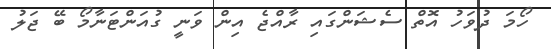
ހޯމަ ދުވަހު އޮތް ސެޝަންގައި ރާއްޖެ އިން ވަނީ ގުއަންޓަނާމޯ ބޭ ޖަލު